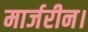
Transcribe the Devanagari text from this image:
मार्जरीन।